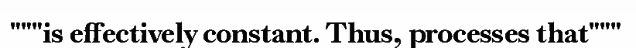
"""is effectively constant. Thus, processes that"""